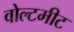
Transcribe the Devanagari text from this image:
वोल्टमीट